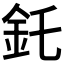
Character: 𫒇